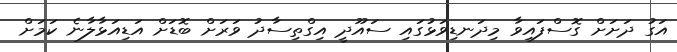
އަގު ދަށަށް ގޮސްފައިވާ މިދަނޑިވަޅުގައި ސައޫދީ އިގްތިސާދު ވަރަށް ބޮޑަށް އަޑިއަޅާލާނެ ކަމަށް